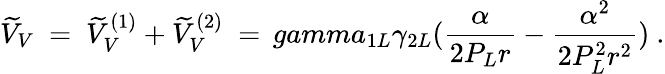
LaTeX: \widetilde V_{V}\ =\ \widetilde V_{V}^{(1)}+\widetilde V_{V}^{(2)}\ =\, gamma_{1L}\gamma_{2L}(\frac{\alpha}{2P_{L}r}-\frac{\alpha^{2}}{2P_{L}^{2}r^{2}})\ .